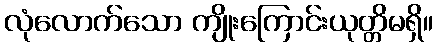
လုံလောက်သော ကျိုးကြောင်းယုတ္တိမရှိ။